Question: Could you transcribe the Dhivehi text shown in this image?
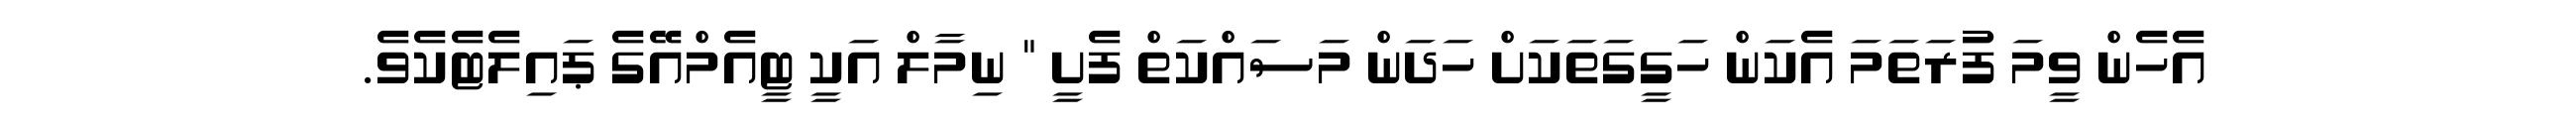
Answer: އެހެން ވީމަ ފުރަތަމަ އެކަން ހަގީގަތަކަށް ހަދަން މަސައްކަތް ފެށީ " ނިމާލް އަކީ ޓީއެމްއޭގެ ޕައިލެޓެކެވެ.